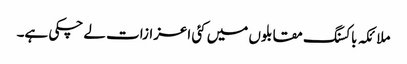
ملائکہ باکسنگ مقابلوں میں کئی اعزازات لے چکی ہے۔